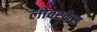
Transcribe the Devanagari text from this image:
लोवरकेस